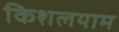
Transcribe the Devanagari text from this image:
किशलयाम